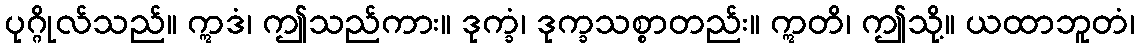
ပုဂ္ဂိုလ်သည်။ ဣဒံ၊ ဤသည်ကား။ ဒုက္ခံ၊ ဒုက္ခသစ္စာတည်း။ ဣတိ၊ ဤသို့။ ယထာဘူတံ၊